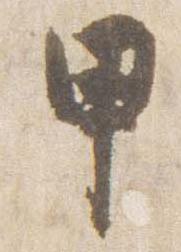
甲